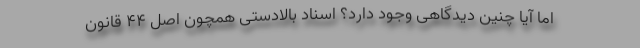
اما آیا چنین دیدگاهی وجود دارد؟ اسناد بالادستی همچون اصل 44 قانون